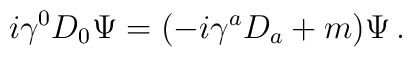
i \gamma^0 D_0 \Psi=(-i \gamma^a D_a + m) \Psi \,.